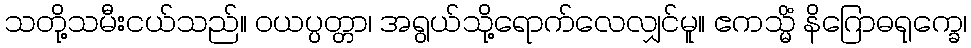
သတို့သမီးငယ်သည်။ ဝယပ္ပတ္တာ၊ အရွယ်သို့ရောက်လေလျှင်မူ။ ဧကသ္မိံ နိဂြောဓရုက္ခေ၊